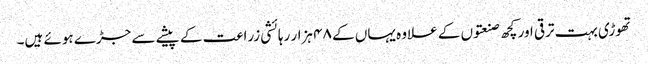
تھوڑی بہت ترقی اور کچھ صنعتوں کے علاوہ یہاں کے ۴۸ ہزار رہائشی زراعت کے پیشے سے جڑے ہوئے ہیں۔